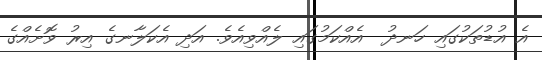
އެ އުޑުތަކުގައި ހަނދު  އެއްކަމުގައި ލެއްވިއެވެ. އަދި އެކަލާނގެ އިރު ވޮށެއްގެ